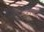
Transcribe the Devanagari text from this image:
आंध्रपत्रों